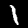
Label: 1